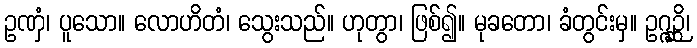
ဥဏှံ၊ ပူသော။ လောဟိတံ၊ သွေးသည်။ ဟုတွာ၊ ဖြစ်၍။ မုခတော၊ ခံတွင်းမှ။ ဥဂ္ဂဉ္ဆိ၊